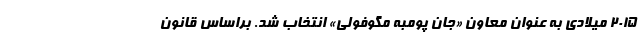
۲۰۱۵ میلادی به عنوان معاون «جان پومبه مگوفولی» انتخاب شد. براساس قانون